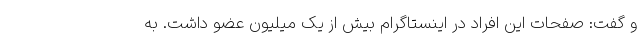
و گفت: صفحات این افراد در اینستاگرام بیش از یک میلیون عضو داشت. به